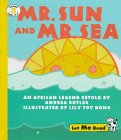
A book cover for Mr. Sun and Mr. Sea: An African Legend (Let Me Read); Andrea Butler; Children's Books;